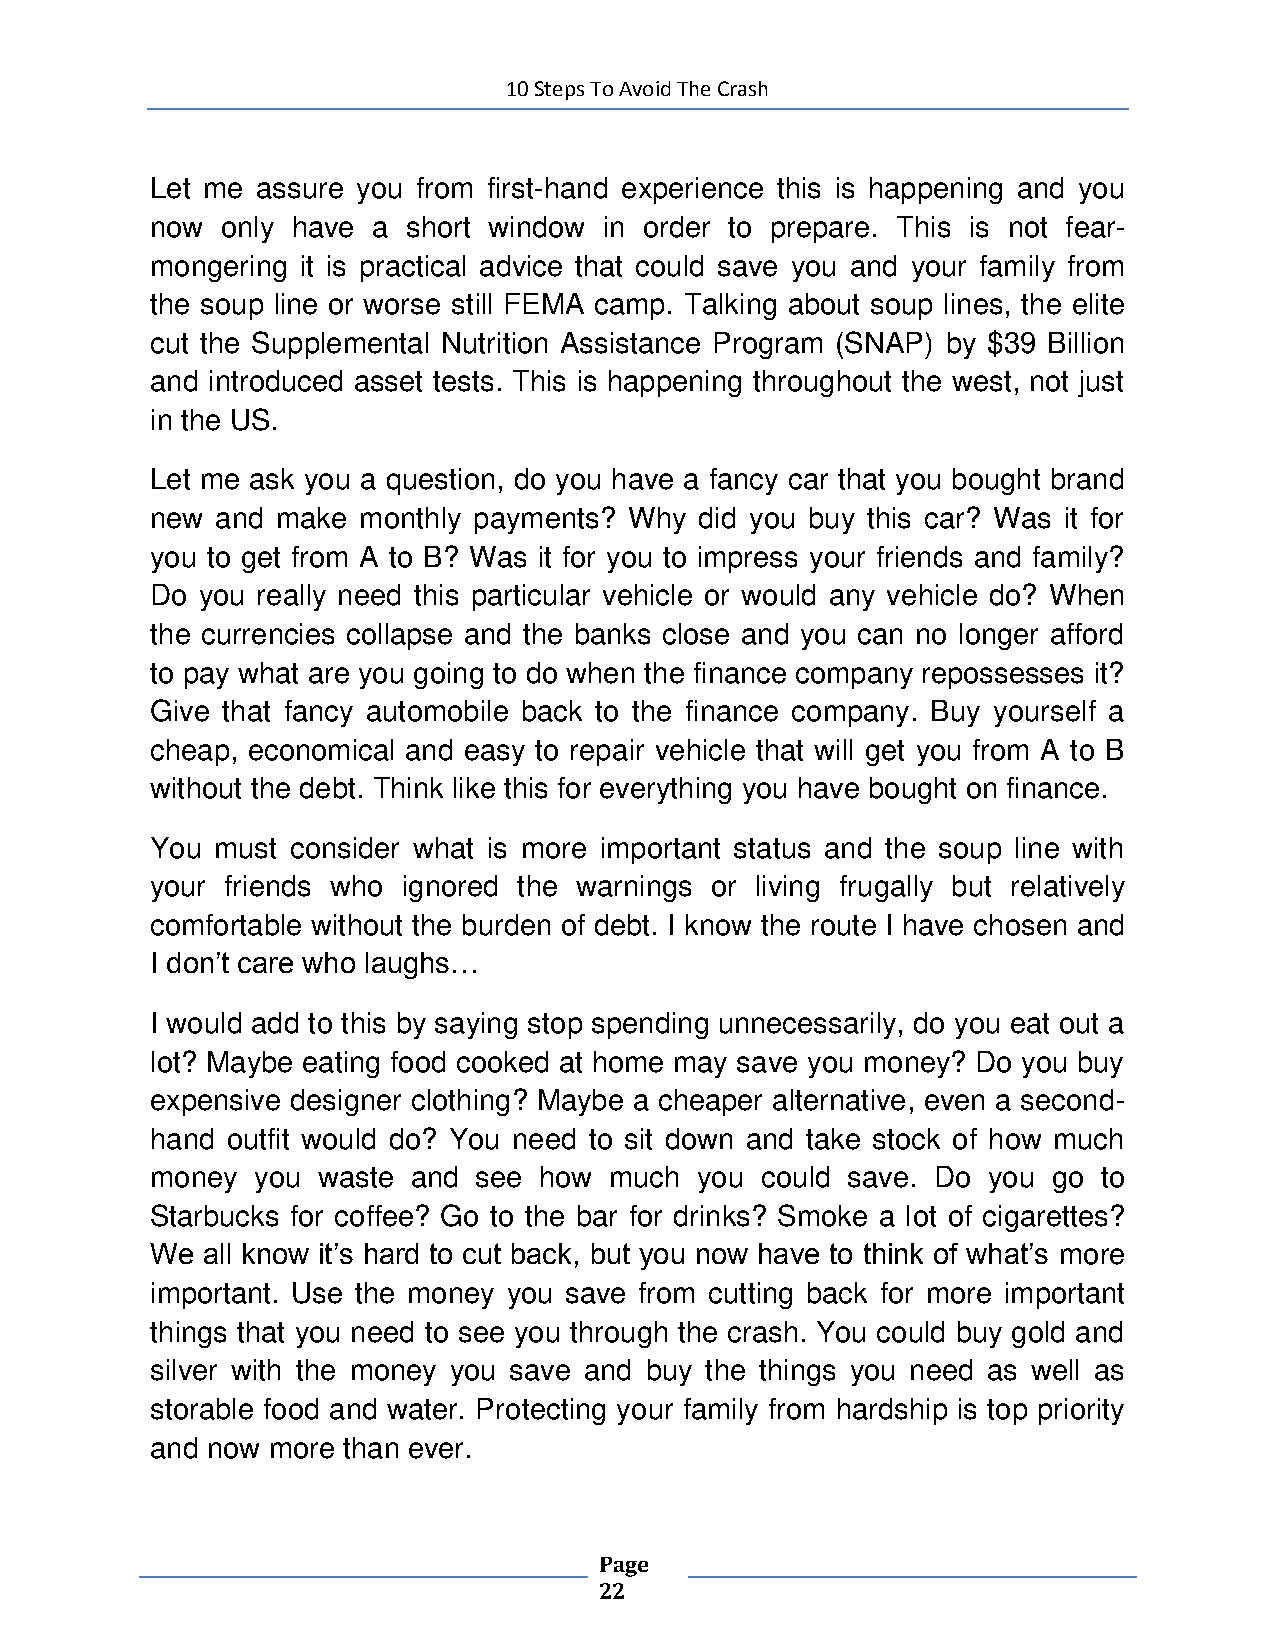
10 Steps To Avoid The Crash
 Let me assure you from first-hand experience this is happening and you
 now  only have a short window in order to prepare. This is not fear-
 mongering it is practical advice that could save you and your family from
 the soup line or worse still FEMA camp. Talking about soup lines, the elite
 cut the Supplemental Nutrition Assistance Program (SNAP) by $39 Billion
 and introduced asset tests. This is happening throughout the west, not just
 in the US.
 Let me ask you a question, do you have a fancy car that you bought brand
 new and make  monthly payments? Why did you buy this car? Was it for
 you to get from A to B? Was it for you to impress your friends and family?
 Do you really need this particular vehicle or would any vehicle do? When
 the currencies collapse and the banks close and you can no longer afford
 to pay what are you going to do when the finance company repossesses it?
 Give that fancy automobile back to the finance company. Buy yourself a
 cheap, economical and easy to repair vehicle that will get you from A to B
 without the debt. Think like this for everything you have bought on finance.
 You must consider what is more important status and the soup line with
 your friends who ignored the warnings or living frugally but relatively
 comfortable without the burden of debt. I know the route I have chosen and
 I don’t care who laughs…
 I would add to this by saying stop spending unnecessarily, do you eat out a
 lot? Maybe eating food cooked at home may save you money? Do you buy
 expensive designer clothing? Maybe a cheaper alternative, even a second-
 hand outfit would do? You need to sit down and take stock of how much
 money  you waste and  see how much  you could save. Do you  go to
 Starbucks for coffee? Go to the bar for drinks? Smoke a lot of cigarettes?
 We all know it’s hard to cut back, but you now have to think of what’s more
 important. Use the money you save from cutting back for more important
 things that you need to see you through the crash. You could buy gold and
 silver with the money you save and buy the things you need as well as
 storable food and water. Protecting your family from hardship is top priority
 and now more than ever.
 Page
 22